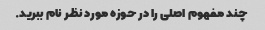
چند مفهوم اصلی را در حوزه مورد نظر نام ببرید.